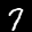
Label: 7